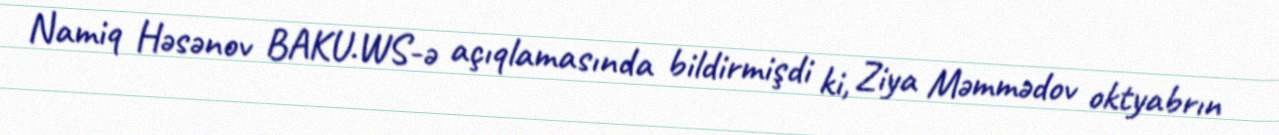
Namiq Həsənov BAKU.WS-ə açıqlamasında bildirmişdi ki, Ziya Məmmədov oktyabrın